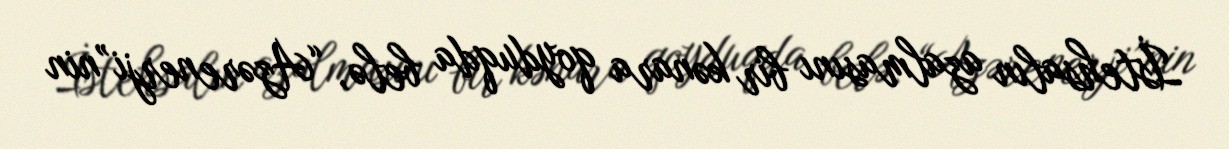
İstehsalın azalmasını bir kənara qoyduqda belə, “Azərenerji”nin